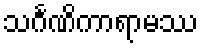
သင်္ဂဏိကာရာမဿ